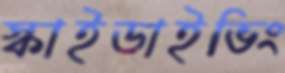
স্কাইডাইভিং